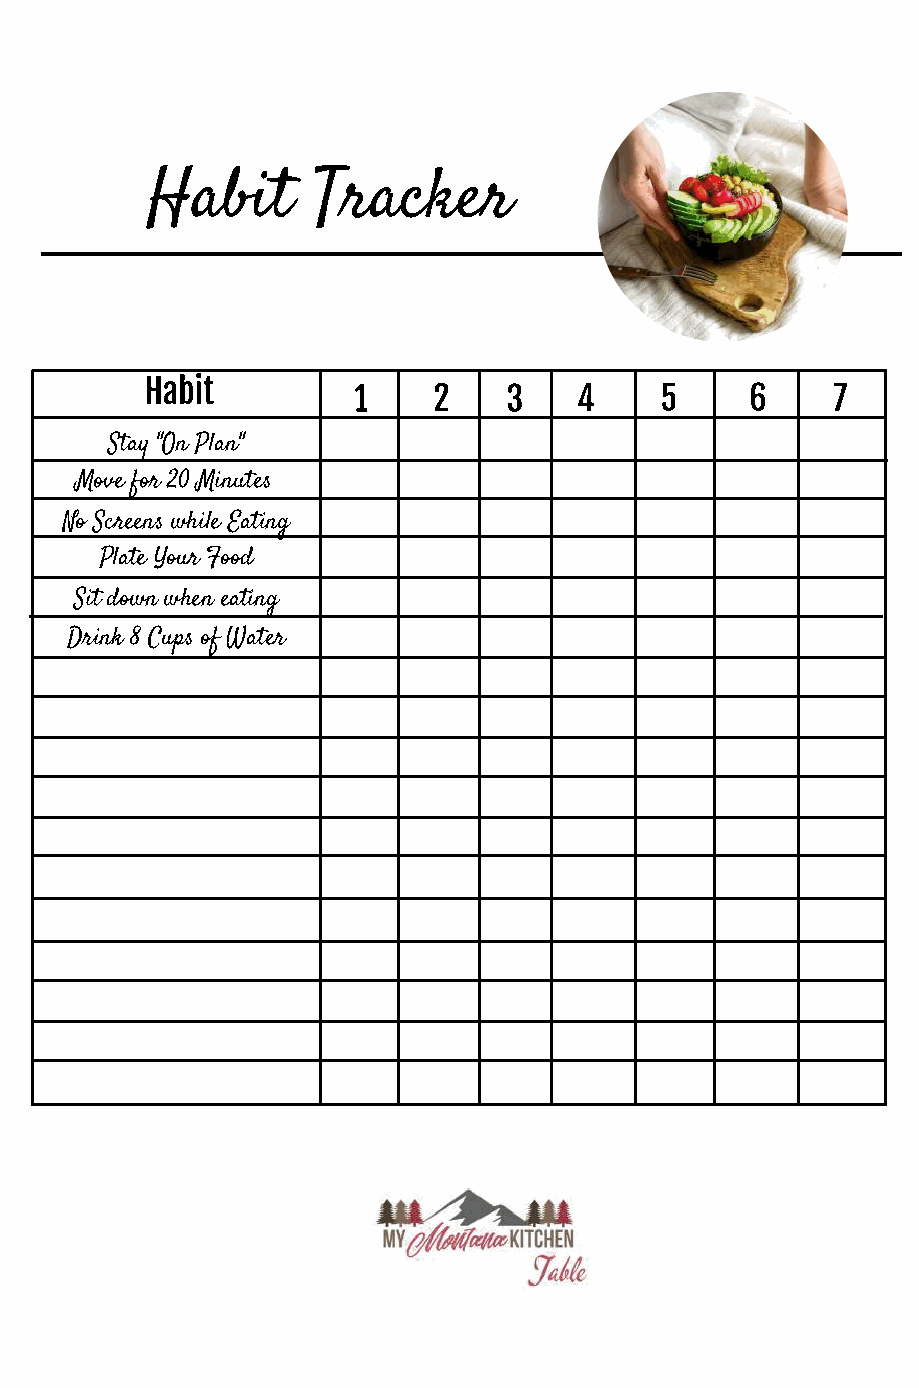
Habit      Tracker
 Habit
 1     2    3   4     5     6    7
 Stay "On Plan"
 Move for 20 Minutes
 No Screens while Eating
 Plate Your Food
 Sit down when eating
 Drink 8 Cups of Water